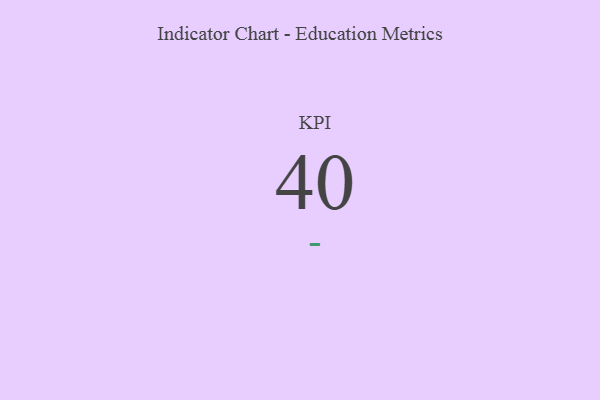
{"axis": {"x": "KPI", "y": "Value"}, "legend": [""], "data": [{"x": "KPI", "y": 40, "type": ""}]}